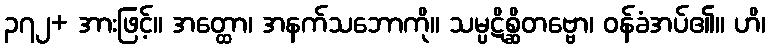
၃၇၂+ အားဖြင့်။ အတ္ထော၊ အနက်သဘောကို။ သမ္ပဋိစ္ဆိတဗ္ဗော၊ ဝန်ခံအပ်၏။ ဟိ၊